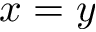
x = y